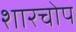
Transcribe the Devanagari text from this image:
शारचोप